Annual report of the Imperial Bacteriologist
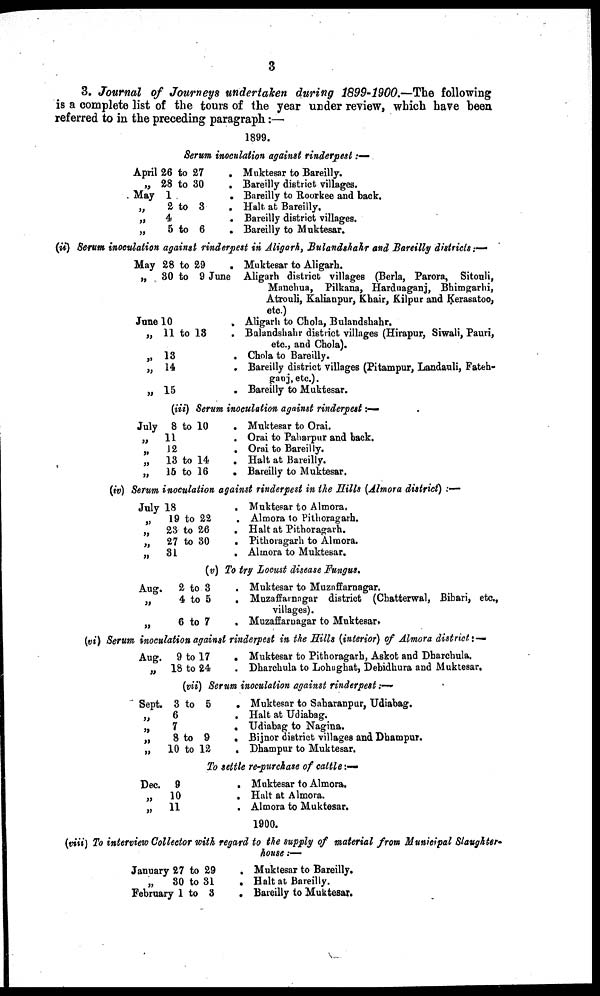
3
3. Journal of Journeys undertaken during 1899-1900.—The following
is a complete list of the tours of the year under review, which have been
referred to in the preceding paragraph:—
1899.
Serum inoculation against rinderpest:—
April 26 to 27
„ 28 to 30
May 1
„
2 to 3
„
4
„
5 to 6
.
.
.
.
.
.
Muktesar to Bareilly.
Bareilly district villages.
Bareilly to Roorkee and back.
Halt at Bareilly.
Bareilly district villages.
Bareilly to Muktesar.
(ii) Serum inoculation against rinderpest in Aligarh, Bulandshahr and Bareilly districts:—
May 28 to 29
„ 30 to 9 June
June 10
„ 11 to 13
„ 13
„ 14
„ 15
.
.
.
.
.
.
.
Muktesar to Aligarh.
Aligarh district villages (Berla, Parora, Sitouli,
Manchua, Pilkana, Harduaganj, Bhimgarhi,
Atrouli, Kalianpur, Khair, Kilpur and Kerasatoo,
etc.)
Aligarh to Chola, Bulandshahr.
Bulandshahr district villages (Hirapur, Siwali, Pauri,
etc., and Chola).
Chola to Bareilly.
Bareilly district villages (Pitampur, Landauli, Fateh-
ganj, etc).
Bareilly to Muktesar.
(iii) Serum inoculation against rinderpest:—
July
„
„
„
„
8 to 10
11
12
13 to 14
15 to 16
.
.
.
.
.
Muktesar to Orai.
Orai to Paharpur and back.
Orai to Bareilly.
Halt at Bareilly.
Bareilly to Muktesar.
(iv) Serum inoculation against rinderpest in the Hills (Almora district) :—
July
„
„
„
„
18
19 to 22
23 to 26
27 to 30
31
.
.
.
.
.
Muktesar to Almora.
Almora to Pithoragarh.
Halt at Pithoragarh.
Pithoragarh to Almora.
Almora to Muktesar.
(v) To try Locust disease Fungus.
Aug.
„
„
2 to 3
4 to 5
6 to 7
.
.
.
Muktesar to Muzaffarnagar.
Muzaffarnagar district (Chatterwal, Bihari, etc.,
villages).
Muzaffarnagar to Muktesar.
(vi) Serum inoculation against rinderpest in the Hills (interior) of Almora district:—
Aug. 9 to 17
„ 18 to 24
.
.
Muktesar to Pithoragarh, Askot and Dharchula.
Dharchula to Lohaghat, Debidhura and Muktesar.
(vii) Serum inoculation against rinderpest:—-
Sept. 3 to 5
„
6
„
7
„
8 to 9
„ 10 to 12
.
.
.
.
.
Muktesar to Saharanpur, Udiabag.
Halt at Udiabag.
Udiabag to Nagina.
Bijnor district villages and Dhampur.
Dhampur to Muktesar.
To settle re-purchase of cattle:—
Dec. 9
„ 10
„ 11
.
.
.
Muktesar to Almora.
Halt at Almora.
Almora to Muktesar.
1900.
(viii) To interview Collector with regard to the supply of material from Municipal Slaughter-
house:-
January 27 to 29
„ 30 to 31
February 1 to 3
.
.
.
Muktesar to Bareilly.
Halt at Bareilly.
Bareilly to Muktesar.